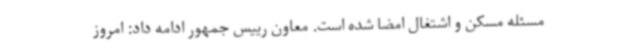
مسئله مسکن و اشتغال امضا شده است. معاون رییس جمهور ادامه داد: امروز